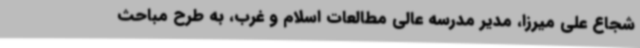
شجاع علی میرزا، مدیر مدرسه عالی مطالعات اسلام و غرب، به طرح مباحث